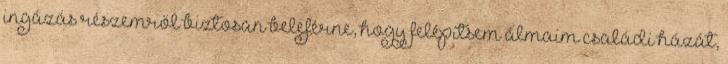
ingázás részemről biztosan beleférne, hogy felépítsem álmaim családi házát,